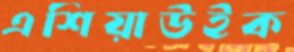
এশিয়াউইক